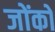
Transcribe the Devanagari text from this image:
जोंकों